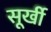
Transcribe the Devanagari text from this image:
सूर्खी